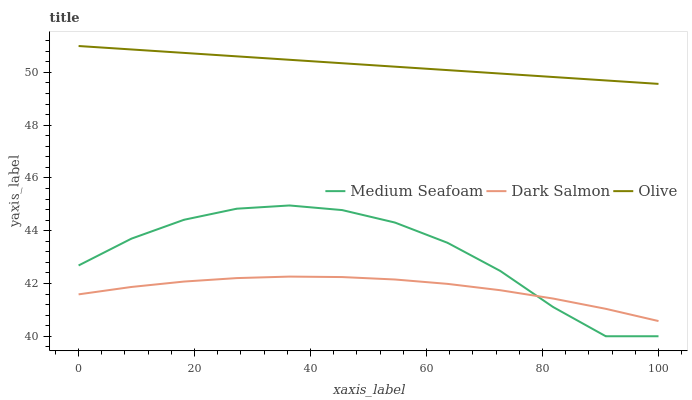
| xaxis_label | Medium Seafoam | Dark Salmon | Olive |
 | --- | --- | --- | --- |
 | 0 | 42.7 | 41.6 | 51 |
 | 9.09 | 43.7 | 41.9 | 50.9 |
 | 18.2 | 44.4 | 42.1 | 50.7 |
 | 27.3 | 44.8 | 42.2 | 50.6 |
 | 36.4 | 45 | 42.3 | 50.5 |
 | 45.5 | 44.8 | 42.2 | 50.3 |
 | 54.5 | 44.3 | 42.2 | 50.2 |
 | 63.6 | 43.5 | 42 | 50.1 |
 | 72.7 | 42.5 | 41.7 | 50 |
 | 81.8 | 41.1 | 41.4 | 49.8 |
 | 90.9 | 40 | 41 | 49.7 |
 | 100 | 40 | 40.6 | 49.6 |